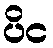
ပိင